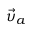
{ \vec { \upsilon } } _ { a }